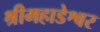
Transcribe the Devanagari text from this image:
श्रीमहाडेश्वर